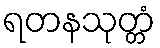
ရတနသုတ္တံ